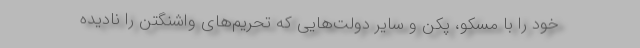
خود را با مسکو، پکن و سایر دولت‌هایی که تحریم‌های واشنگتن را نادیده